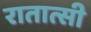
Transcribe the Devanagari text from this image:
रातात्सी